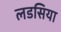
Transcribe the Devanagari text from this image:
लडसिया